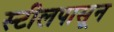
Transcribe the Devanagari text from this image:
स्टीलपासून